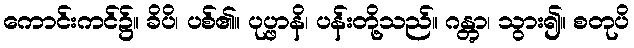
ကောင်းကင်၌။ ခိပိ၊ ပစ်၏။ ပုပ္ဖာနိ၊ ပန်းတို့သည်။ ဂန္တွာ၊ သွား၍။ စတုပိ